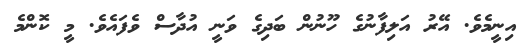
އިނީމެވެ. އޭރު އަލިފާނުގެ ހޫނުން ބަދިގެ ވަނީ އުދާސް ވެފައެވެ. މީ ކޮންމެ